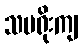
သမရိုးကျ